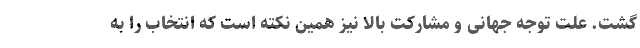
گشت. علت توجه جهانی و مشارکت بالا نیز همین نکته است که انتخاب را به